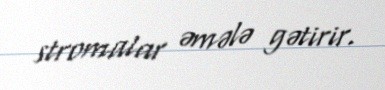
stromalar əmələ gətirir.